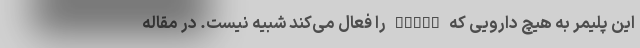
این پلیمر به هیچ دارویی که STING را فعال می‌کند شبیه نیست. در مقاله